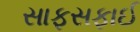
સાફસફાઈ